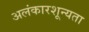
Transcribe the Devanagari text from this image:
अलंकारशून्यता